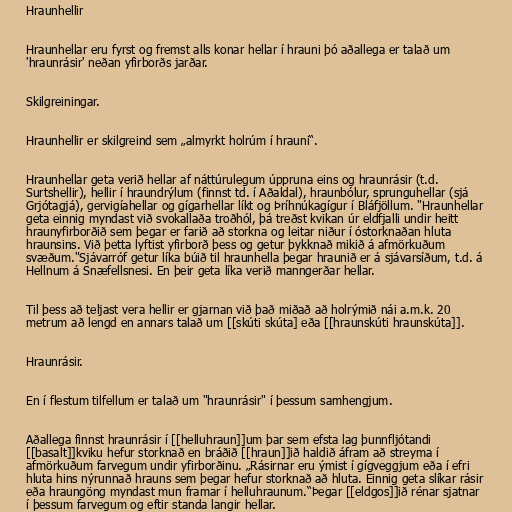
Hraunhellir

Hraunhellar eru fyrst og fremst alls konar hellar í hrauni þó aðallega er talað um
'hraunrásir' neðan yfirborðs jarðar.

Skilgreiningar.

Hraunhellir er skilgreind sem „almyrkt holrúm í hrauni“.

Hraunhellar geta verið hellar af náttúrulegum úppruna eins og hraunrásir (t.d.
Surtshellir), hellir í hraundrýlum (finnst td. í Aðaldal), hraunbólur, sprunguhellar (sjá
Grjótagjá), gervigíahellar og gígarhellar líkt og Þríhnúkagígur í Bláfjöllum. "Hraunhellar
geta einnig myndast við svokallaða troðhól, þá treðst kvikan úr eldfjalli undir heitt
hraunyfirborðið sem þegar er farið að storkna og leitar niður í óstorknaðan hluta
hraunsins. Við þetta lyftist yfirborð þess og getur þykknað mikið á afmörkuðum
svæðum."Sjávarróf getur líka búið til hraunhella þegar hraunið er á sjávarsíðum, t.d. á
Hellnum á Snæfellsnesi. En þeir geta líka verið manngerðar hellar.

Til þess að teljast vera hellir er gjarnan við það miðað að holrýmið nái a.m.k. 20
metrum að lengd en annars talað um [[skúti skúta] eða [[hraunskúti hraunskúta]].

Hraunrásir.

En í flestum tilfellum er talað um "hraunrásir" í þessum samhengjum.

Aðallega finnst hraunrásir í [[helluhraun]]um þar sem efsta lag þunnfljótandi
[[basalt]]kviku hefur storknað en bráðið [[hraun]]ið haldið áfram að streyma í
afmörkuðum farvegum undir yfirborðinu. „Rásirnar eru ýmist í gígveggjum eða í efri
hluta hins nýrunnað hrauns sem þegar hefur storknað að hluta. Einnig geta slíkar rásir
eða hraungöng myndast mun framar í helluhraunum.“Þegar [[eldgos]]ið rénar sjatnar
í þessum farvegum og eftir standa langir hellar.